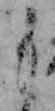
も